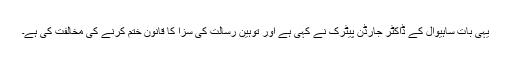
یہی بات ساہیوال کے ڈاکٹر جارڈن پیٹرک نے کہی ہے اور توہین رسالتؐ کی سزا کا قانون ختم کرنے کی مخالفت کی ہے۔